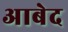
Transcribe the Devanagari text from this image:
अाबेद